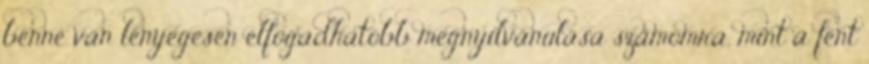
benne van lényegesen elfogadhatóbb megnyilvánulása számomra, mint a fent